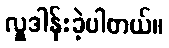
လှူဒါန်းခဲ့ပါတယ်။